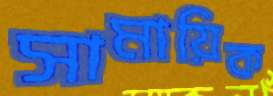
সামায়িক